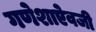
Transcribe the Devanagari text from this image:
गणेशाऐवजी